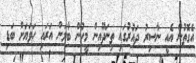
އެގޮތުން އެއީ ނާސިރު ދައުރުގައި ތިނަދޫއިން މީހުން ބާލަން އަރައި ހަވަޔަށް ބަޑި